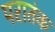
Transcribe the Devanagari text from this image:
परातंक